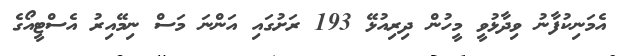
އެމަނިކުފާނު ވިދާޅުވީ މީހުން ދިރިއުޅޭ 193 ރަށުގައި އަންނަ މަސް ނިމޭއިރު އެސްޓީއޯގެ